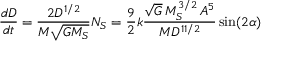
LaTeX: { \frac { d D } { d t } } = { \frac { 2 D ^ { 1 / 2 } } { M { \sqrt { G M _ { S } } } } } N _ { S } = { \frac { 9 } { 2 } } k { \frac { { \sqrt { G } } \, M _ { S } ^ { 3 / 2 } \, A ^ { 5 } } { M D ^ { 1 1 / 2 } } } \sin ( 2 \alpha )